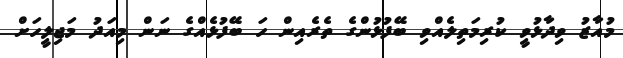
މުއާޒު ވިދާޅުވީ ކުރިމަތިލެއްވި ބޭފުޅުންގެ ތެރެއިން ހަ ބޭފުޅެއްގެ ނަން މިއަދު މަޖިލީހަށް